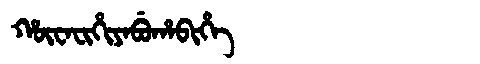
Manchu: ᡥᡡᠸᠠᠸᡳᡥᡳᠶᠠᠪᡠᡥᠠᠪᡳᡥᡝ
Romanization: HŪWAFIHIYABUHABIHE